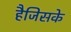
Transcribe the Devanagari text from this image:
हैजिसके